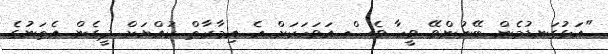
"އަޅުގަނޑުމެން ބޭނުންވޭ ވީހާ ވެސް އަވަހަކަށް އެ އިމާރާތް ކުއްޔަށް ދީގެން އެތަނުގެ